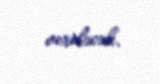
veriləcək.